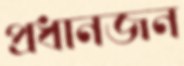
প্রধানজন